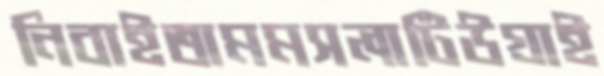
নিবাইতামমসলাটিউগ্‌রাই